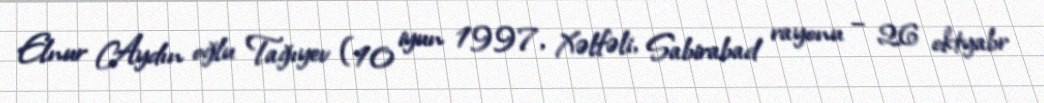
Elnur Aydın oğlu Tağıyev (10 iyun 1997, Xəlfəli, Sabirabad rayonu – 26 oktyabr